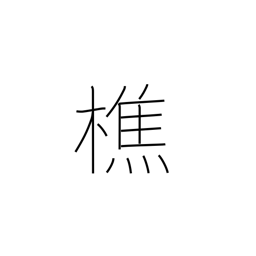
Meaning: lumberjack